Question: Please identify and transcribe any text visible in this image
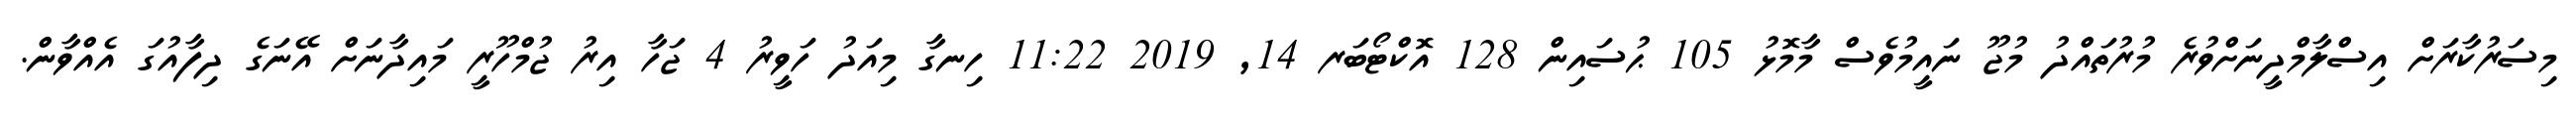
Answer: މިސަރުކާރަށް އިސްލާމްދީނަށްވުރެ މުރުތައްދު މުޖޫ ނައީމުވެސް މާމޮޅު 105 ޙުސައިން 128 އޮކްޓޯބަރ 14, 2019 11:22 ހިނގާ މިއަދު ހަވީރު 4 ޖަހާ އިރު ޖުމްހޫރީ މައިދާނަށް އޭނަގެ ދިފާއުގަ އެއްވާން.